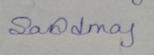
Signature authenticity: genuine